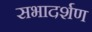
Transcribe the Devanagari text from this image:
सभादर्शण